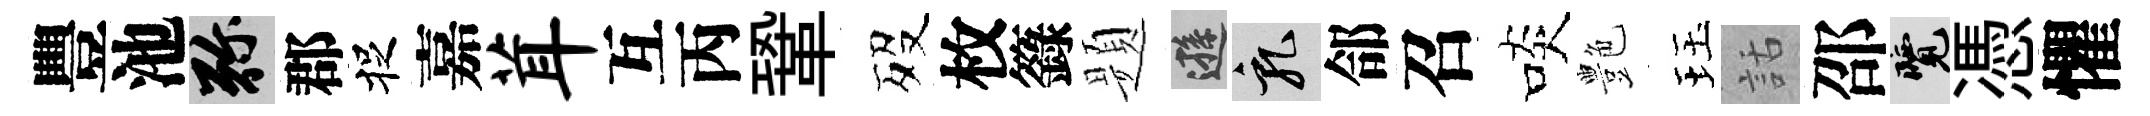
豐池弥郡捉嘉茸互丙鞏歿枚籙题遜乳郃召啖艶珏話邵覽憑懼